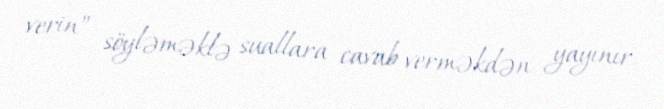
verin” söyləməklə suallara cavab verməkdən yayınır.